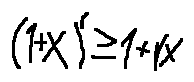
( 1 + x ) ^ { r } \geq 1 + r x